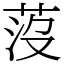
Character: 莈